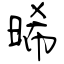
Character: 晞